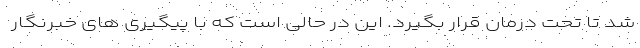
شد تا تحت درمان قرار بگیرد. این در حالی است که با پیگیری های خبرنگار